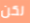
لكن